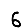
Digit: 6